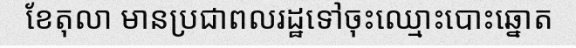
ខែតុលា មានប្រជាពលរដ្ឋទៅចុះឈ្មោះបោះឆ្នោត